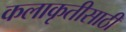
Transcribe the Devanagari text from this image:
कलाकृतीसाठी